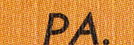
PA.